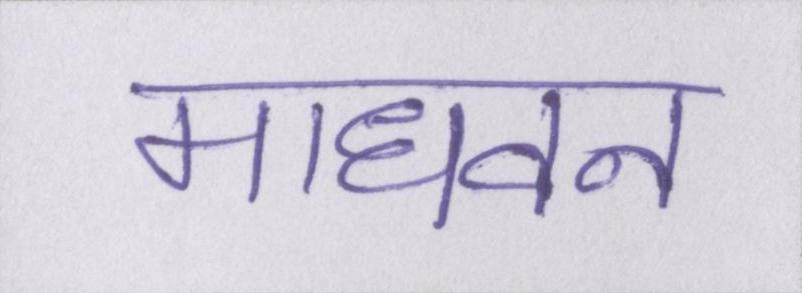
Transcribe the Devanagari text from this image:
माधवन